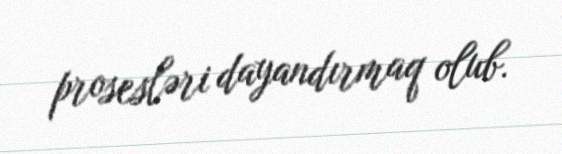
prosesləri dayandırmaq olub.